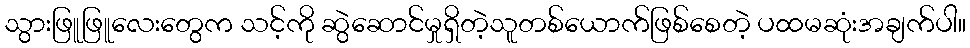
သွားဖြူဖြူလေးတွေက သင့်ကို ဆွဲဆောင်မှုရှိတဲ့သူတစ်ယောက်ဖြစ်စေတဲ့ ပထမဆုံးအချက်ပါ။